Scottish Certificate of Education, 1962
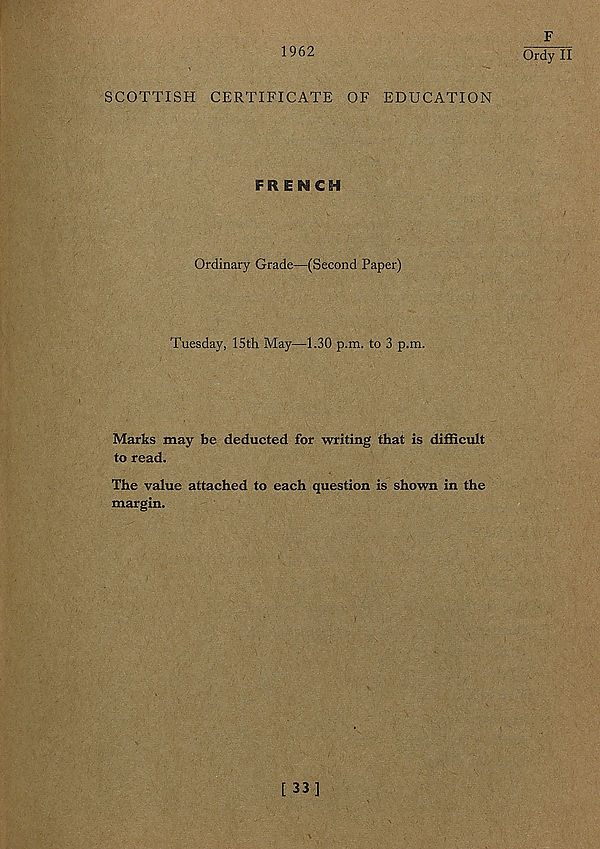
1962
SCOTTISH CERTIFICATE OF EDUCATION
FRENCH
Ordinary Grade—(Second Paper)
Tuesday, 15th May—1.30 p.m. to 3 p.m.
Marks may be deducted for writing that is difficult
to read.
The value attached to each question is shown in the
margin.
F
Ordy II
[ 33]